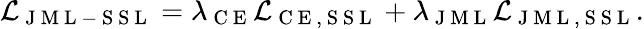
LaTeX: \mathcal{L}_{\mathrm{~J~M~L~-~S~S~L~}}=\lambda_{\mathrm{~C~E~}}\mathcal{L}_{\mathrm{~C~E~,~S~S~L~}}+\lambda_{\mathrm{~J~M~L~}}\mathcal{L}_{\mathrm{~J~M~L~,~S~S~L~}}.